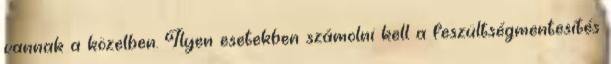
vannak a közelben. Ilyen esetekben számolni kell a feszültségmentesítés